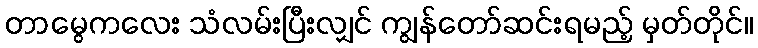
တာမွေကလေး သံလမ်းပြီးလျှင် ကျွန်တော်ဆင်းရမည့် မှတ်တိုင်။